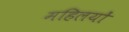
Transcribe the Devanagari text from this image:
महिलयों